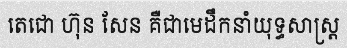
តេជោ ហ៊ុន សែន គឺជាមេដឹកនាំយុទ្ធសាស្ត្រ